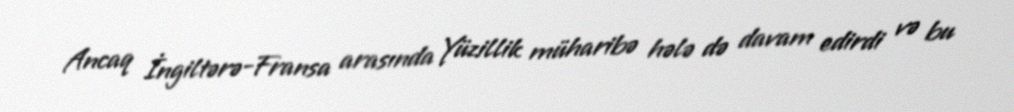
Ancaq İngiltərə-Fransa arasında Yüzillik müharibə hələ də davam edirdi və bu